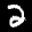
Label: 2